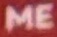
ME